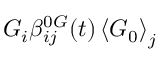
G _ { i } \beta _ { i j } ^ { 0 G } ( t ) \left\langle \boldsymbol { G } _ { 0 } \right\rangle _ { j }